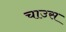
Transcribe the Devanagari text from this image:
चाउस